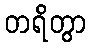
တရိတွာ